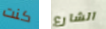
كنت الشارع